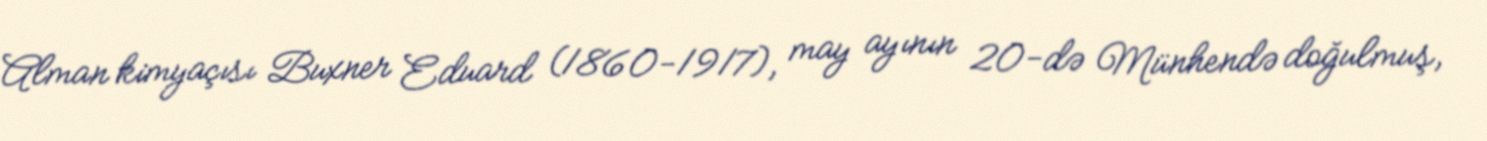
Alman kimyaçısı Buxner Eduard (1860-1917), may ayının 20-də Münhendə doğulmuş,